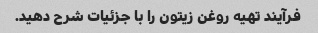
فرآیند تهیه روغن زیتون را با جزئیات شرح دهید.